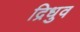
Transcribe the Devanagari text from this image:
द्रिधुव